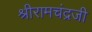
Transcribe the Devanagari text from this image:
श्रीरामचंद्रजी